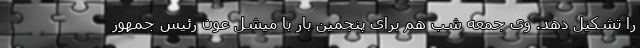
را تشکیل دهد. وی جمعه شب هم برای پنجمین بار با میشل عون رئیس جمهور